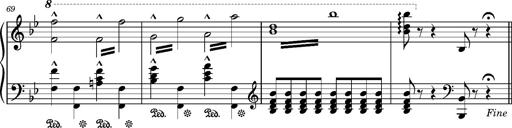
Title: Ungarischer Marsch
Composer: Friedrich Nietzsche